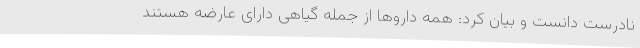
نادرست دانست و بیان کرد: همه داروها از جمله گیاهی دارای عارضه هستند